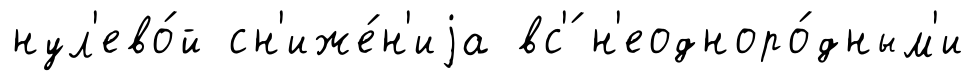
нул'ево́й сн'иже́н'иjа вс'́ н'еодноро́дным'и